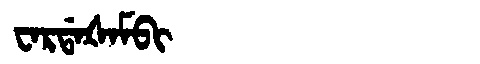
Manchu: ᠸᠠᡵᡩᠠᡧᠠᠮᠪᡳ
Romanization: WARDAŠAMBI